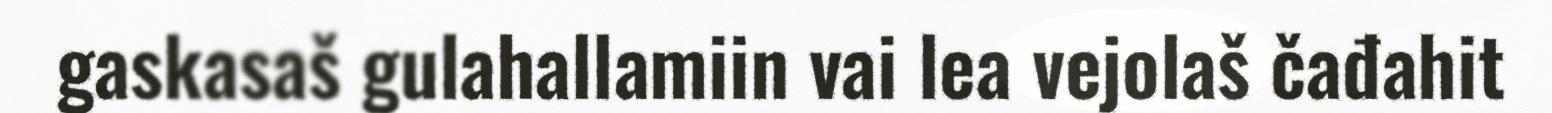
gaskasaš gulahallamiin vai lea vejolaš čađahit